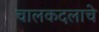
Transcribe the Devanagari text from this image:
चालकदलाचे